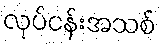
လုပ်ငန်းအသစ်